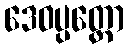
ဒေဝပ္ပတ္တော